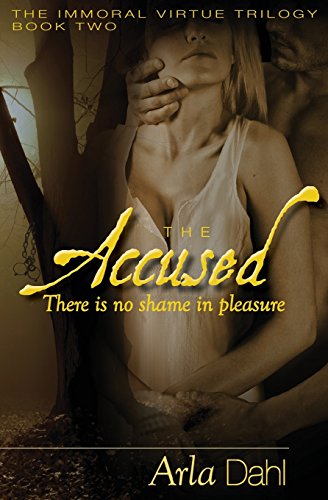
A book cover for The Accused (Immoral Virtue) (Volume 2); Arla Dahl; Romance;